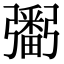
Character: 𢐲